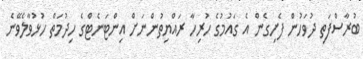
ބުރާސްފަތި ދުވަހުން ފެށިގެން އެ ގައުމުގެ ހުރިހާ ރައްޔިތުންނަށް އިންޓަނެޓްގެ ހިދުމަތް ހުޅުވާލެވޭނެ